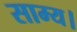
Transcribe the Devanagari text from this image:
साम्य।